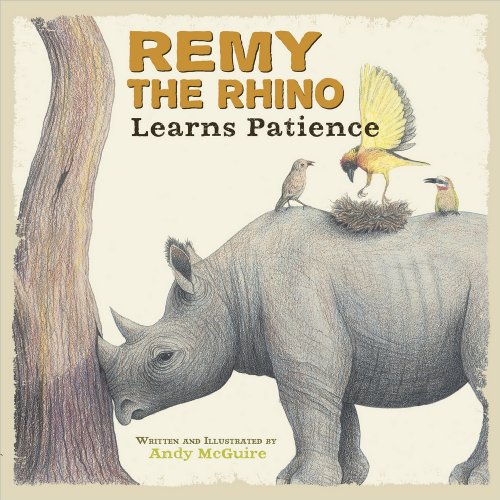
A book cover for Remy the Rhino Learns Patience (Little Lessons from Our Animal Pals); Andy McGuire; Children's Books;